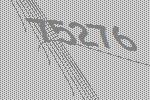
75276